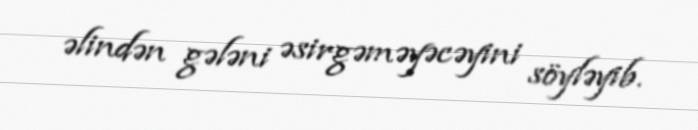
əlindən gələni əsirgəməyəcəyini söyləyib.